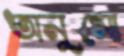
অনুমো